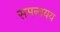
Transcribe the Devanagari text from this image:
समन्वयय